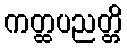
ကတ္ထပညတ္တိ